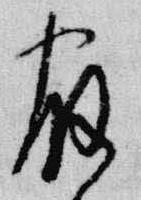
宿